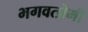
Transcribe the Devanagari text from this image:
भगवत्प्रेमी